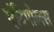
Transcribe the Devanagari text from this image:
एंटिपोलस